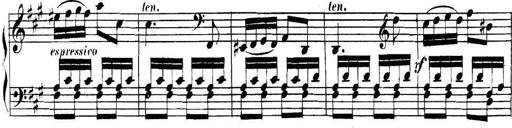
Title: Collected Piano Sonatas
Composer: Muzio Clementi